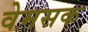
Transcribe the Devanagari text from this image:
वेमसक